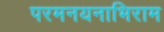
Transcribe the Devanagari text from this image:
परमनयनाभिराम